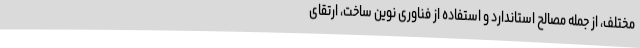
مختلف، از جمله مصالح استاندارد و استفاده از فناوری نوین ساخت، ارتقای